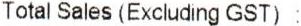
TOTAL SALES (EXCLUDING GST) :